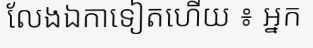
លែងឯកាទៀតហើយ ៖ អ្នក